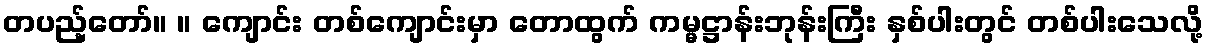
တပည့်တော်။ ။ ကျောင်း တစ်ကျောင်းမှာ တောထွက် ကမ္မဋ္ဌာန်းဘုန်းကြီး နှစ်ပါးတွင် တစ်ပါးသေလို့